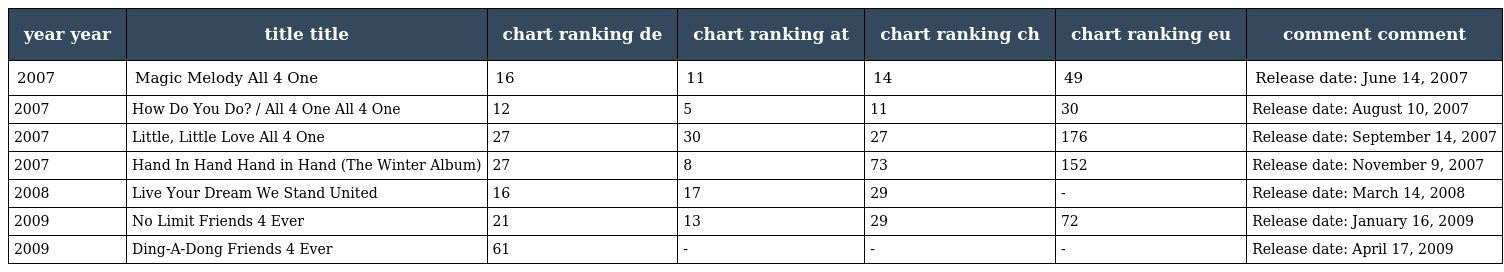
| year year | title title | chart ranking de | chart ranking at | chart ranking ch | chart ranking eu | comment comment |
 | --- | --- | --- | --- | --- | --- | --- |
 | 2007 | Magic Melody All 4 One | 16 | 11 | 14 | 49 | Release date: June 14, 2007 |
 | 2007 | How Do You Do? / All 4 One All 4 One | 12 | 5 | 11 | 30 | Release date: August 10, 2007 |
 | 2007 | Little, Little Love All 4 One | 27 | 30 | 27 | 176 | Release date: September 14, 2007 |
 | 2007 | Hand In Hand Hand in Hand (The Winter Album) | 27 | 8 | 73 | 152 | Release date: November 9, 2007 |
 | 2008 | Live Your Dream We Stand United | 16 | 17 | 29 | - | Release date: March 14, 2008 |
 | 2009 | No Limit Friends 4 Ever | 21 | 13 | 29 | 72 | Release date: January 16, 2009 |
 | 2009 | Ding-A-Dong Friends 4 Ever | 61 | - | - | - | Release date: April 17, 2009 |